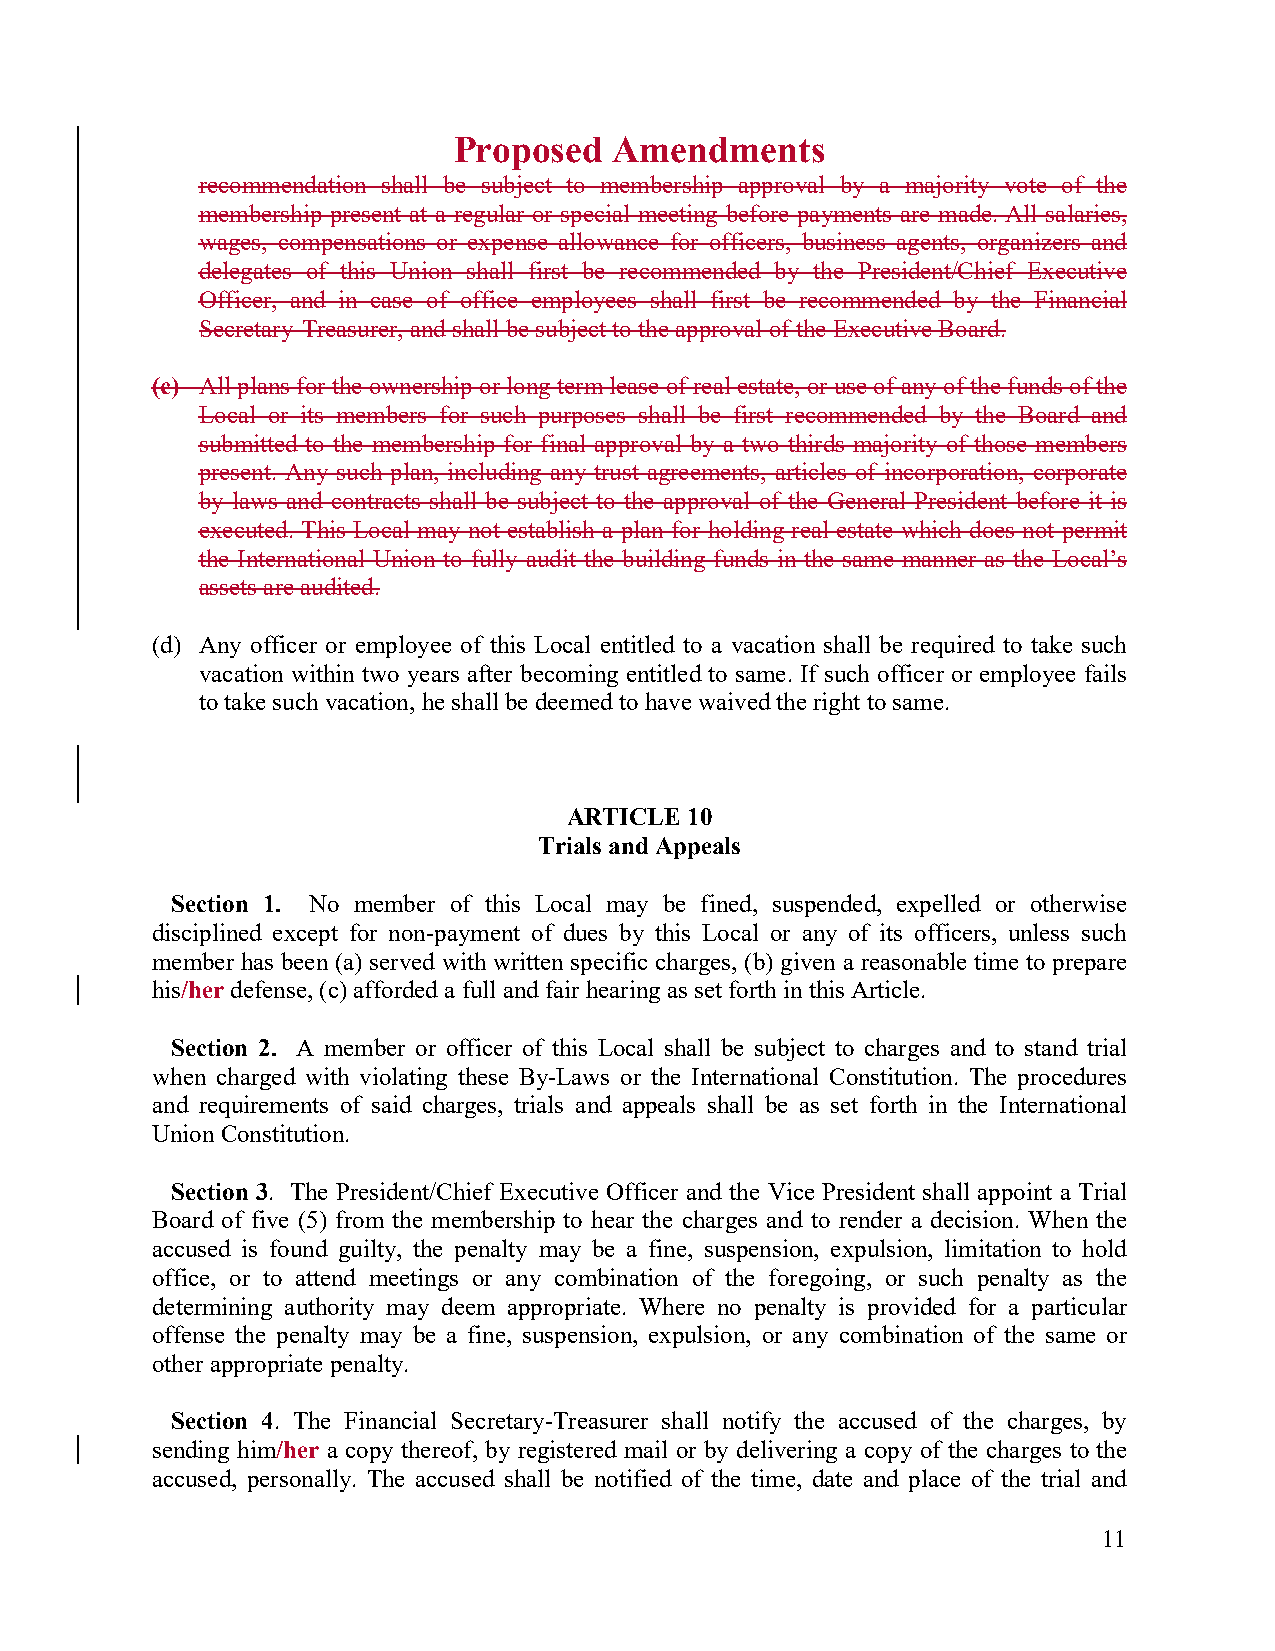
Proposed   Amendments
 recommendation shall be subject to membership approval by a majority vote of the
 membership present at a regular or special meeting before payments are made. All salaries,
 wages, compensations or expense allowance for officers, business agents, organizers and
 delegates of this Union shall first be recommended by the President/Chief Executive
 Officer, and in case of office employees shall first be recommended by the Financial
 Secretary-Treasurer, and shall be subject to the approval of the Executive Board.
 (c) All plans for the ownership or long term lease of real estate, or use of any of the funds of the
 Local or its members for such purposes shall be first recommended by the Board and
 submitted to the membership for final approval by a two-thirds majority of those members
 present. Any such plan, including any trust agreements, articles of incorporation, corporate
 by-laws and contracts shall be subject to the approval of the General President before it is
 executed. This Local may not establish a plan for holding real estate which does not permit
 the International Union to fully audit the building funds in the same manner as the Local’s
 assets are audited.
 (d) Any officer or employee of this Local entitled to a vacation shall be required to take such
 vacation within two years after becoming entitled to same. If such officer or employee fails
 to take such vacation, he shall be deemed to have waived the right to same.
 ARTICLE 10
 Trials and Appeals
 Section 1. No member of this Local may be fined, suspended, expelled or otherwise
 disciplined except for non-payment of dues by this Local or any of its officers, unless such
 member has been (a) served with written specific charges, (b) given a reasonable time to prepare
 his/her defense, (c) afforded a full and fair hearing as set forth in this Article.
 Section 2. A member or officer of this Local shall be subject to charges and to stand trial
 when charged with violating these By-Laws or the International Constitution. The procedures
 and requirements of said charges, trials and appeals shall be as set forth in the International
 Union Constitution.
 Section 3. The President/Chief Executive Officer and the Vice President shall appoint a Trial
 Board of five (5) from the membership to hear the charges and to render a decision. When the
 accused is found guilty, the penalty may be a fine, suspension, expulsion, limitation to hold
 office, or to attend meetings or any combination of the foregoing, or such penalty as the
 determining authority may deem appropriate. Where no penalty is provided for a particular
 offense the penalty may be a fine, suspension, expulsion, or any combination of the same or
 other appropriate penalty.
 Section 4. The Financial Secretary-Treasurer shall notify the accused of the charges, by
 sending him/her a copy thereof, by registered mail or by delivering a copy of the charges to the
 accused, personally. The accused shall be notified of the time, date and place of the trial and
 11